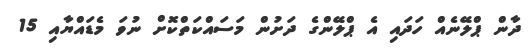
ދާން ޕްލޭނެއް ހަދައި އެ ޕްލޭންގެ ދަށުން މަސައްކަތްކޮށް ނުވަ މެޑައްޔާއި 15